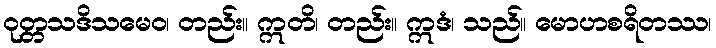
ဝုတ္တသဒိသမေဝ၊ တည်း။ ဣတိ၊ တည်း။ ဣဒံ၊ သည်။ မောဟစရိတဿ၊